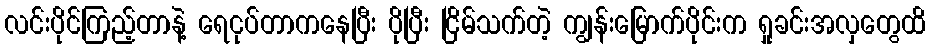
လင်းပိုင်ကြည့်တာနဲ့ ရေငုပ်တာကနေပြီး ပိုပြီး ငြိမ်သက်တဲ့ ကျွန်းမြောက်ပိုင်းက ရှုခင်းအလှတွေထိ